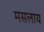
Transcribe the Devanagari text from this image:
मसलाय